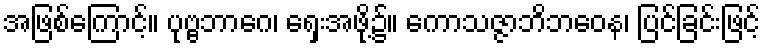
အဖြစ်ကြောင့်။ ပုဗ္ဗဘာဂေ၊ ရှေးအဖို့၌။ ကောသဇ္ဇာဘိဘဝေန၊ ပြင်ခြင်းဖြင့်